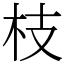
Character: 枝